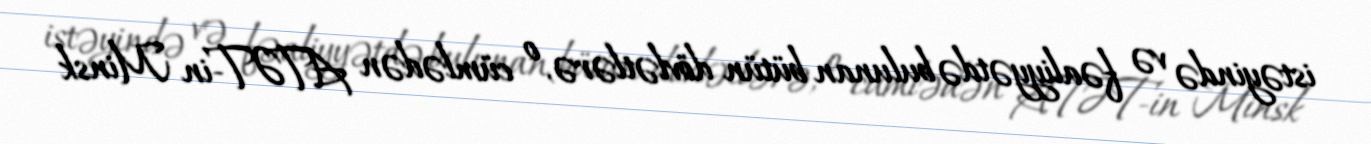
istəyində və fəaliyyətdə bulunan bütün dövlətlərə, o cümlədən ATƏT-in Minsk